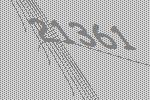
21361